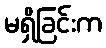
မရှိခြင်းက